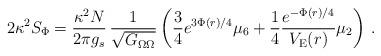
LaTeX: \begin{align*}2\kappa^2 S_{\Phi} = {{\kappa^2 N}\over{2\pi g_s}}\,{1\over{\sqrt{G_{\Omega\Omega}}}} \left( {3 \over 4}{e^{3\Phi(r)/4}}\mu_6 + {1 \over 4} {e^{-\Phi(r)/4}\over V_{\rm E}(r)}\mu_2 \right)\,.\end{align*}